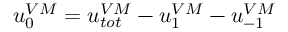
u _ { 0 } ^ { V M } = u _ { t o t } ^ { V M } - u _ { 1 } ^ { V M } - u _ { - 1 } ^ { V M }